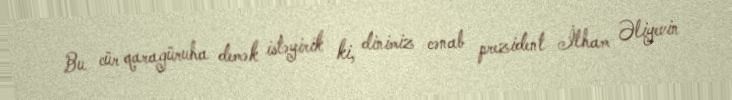
Bu cür qaragüruha demək istəyirik ki, dinimiz cənab prezident İlham Əliyevin